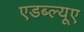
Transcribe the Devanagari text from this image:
एडब्ल्यूए